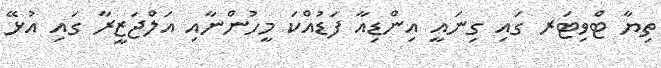
ތިޔާ ޓްވިޓަރ ގައި ގިނައީ އިންޑިއާ ފަޑުއްކަ މީހުންނާއި އަލްޖަޒީރާ ގައި އުޅޭ